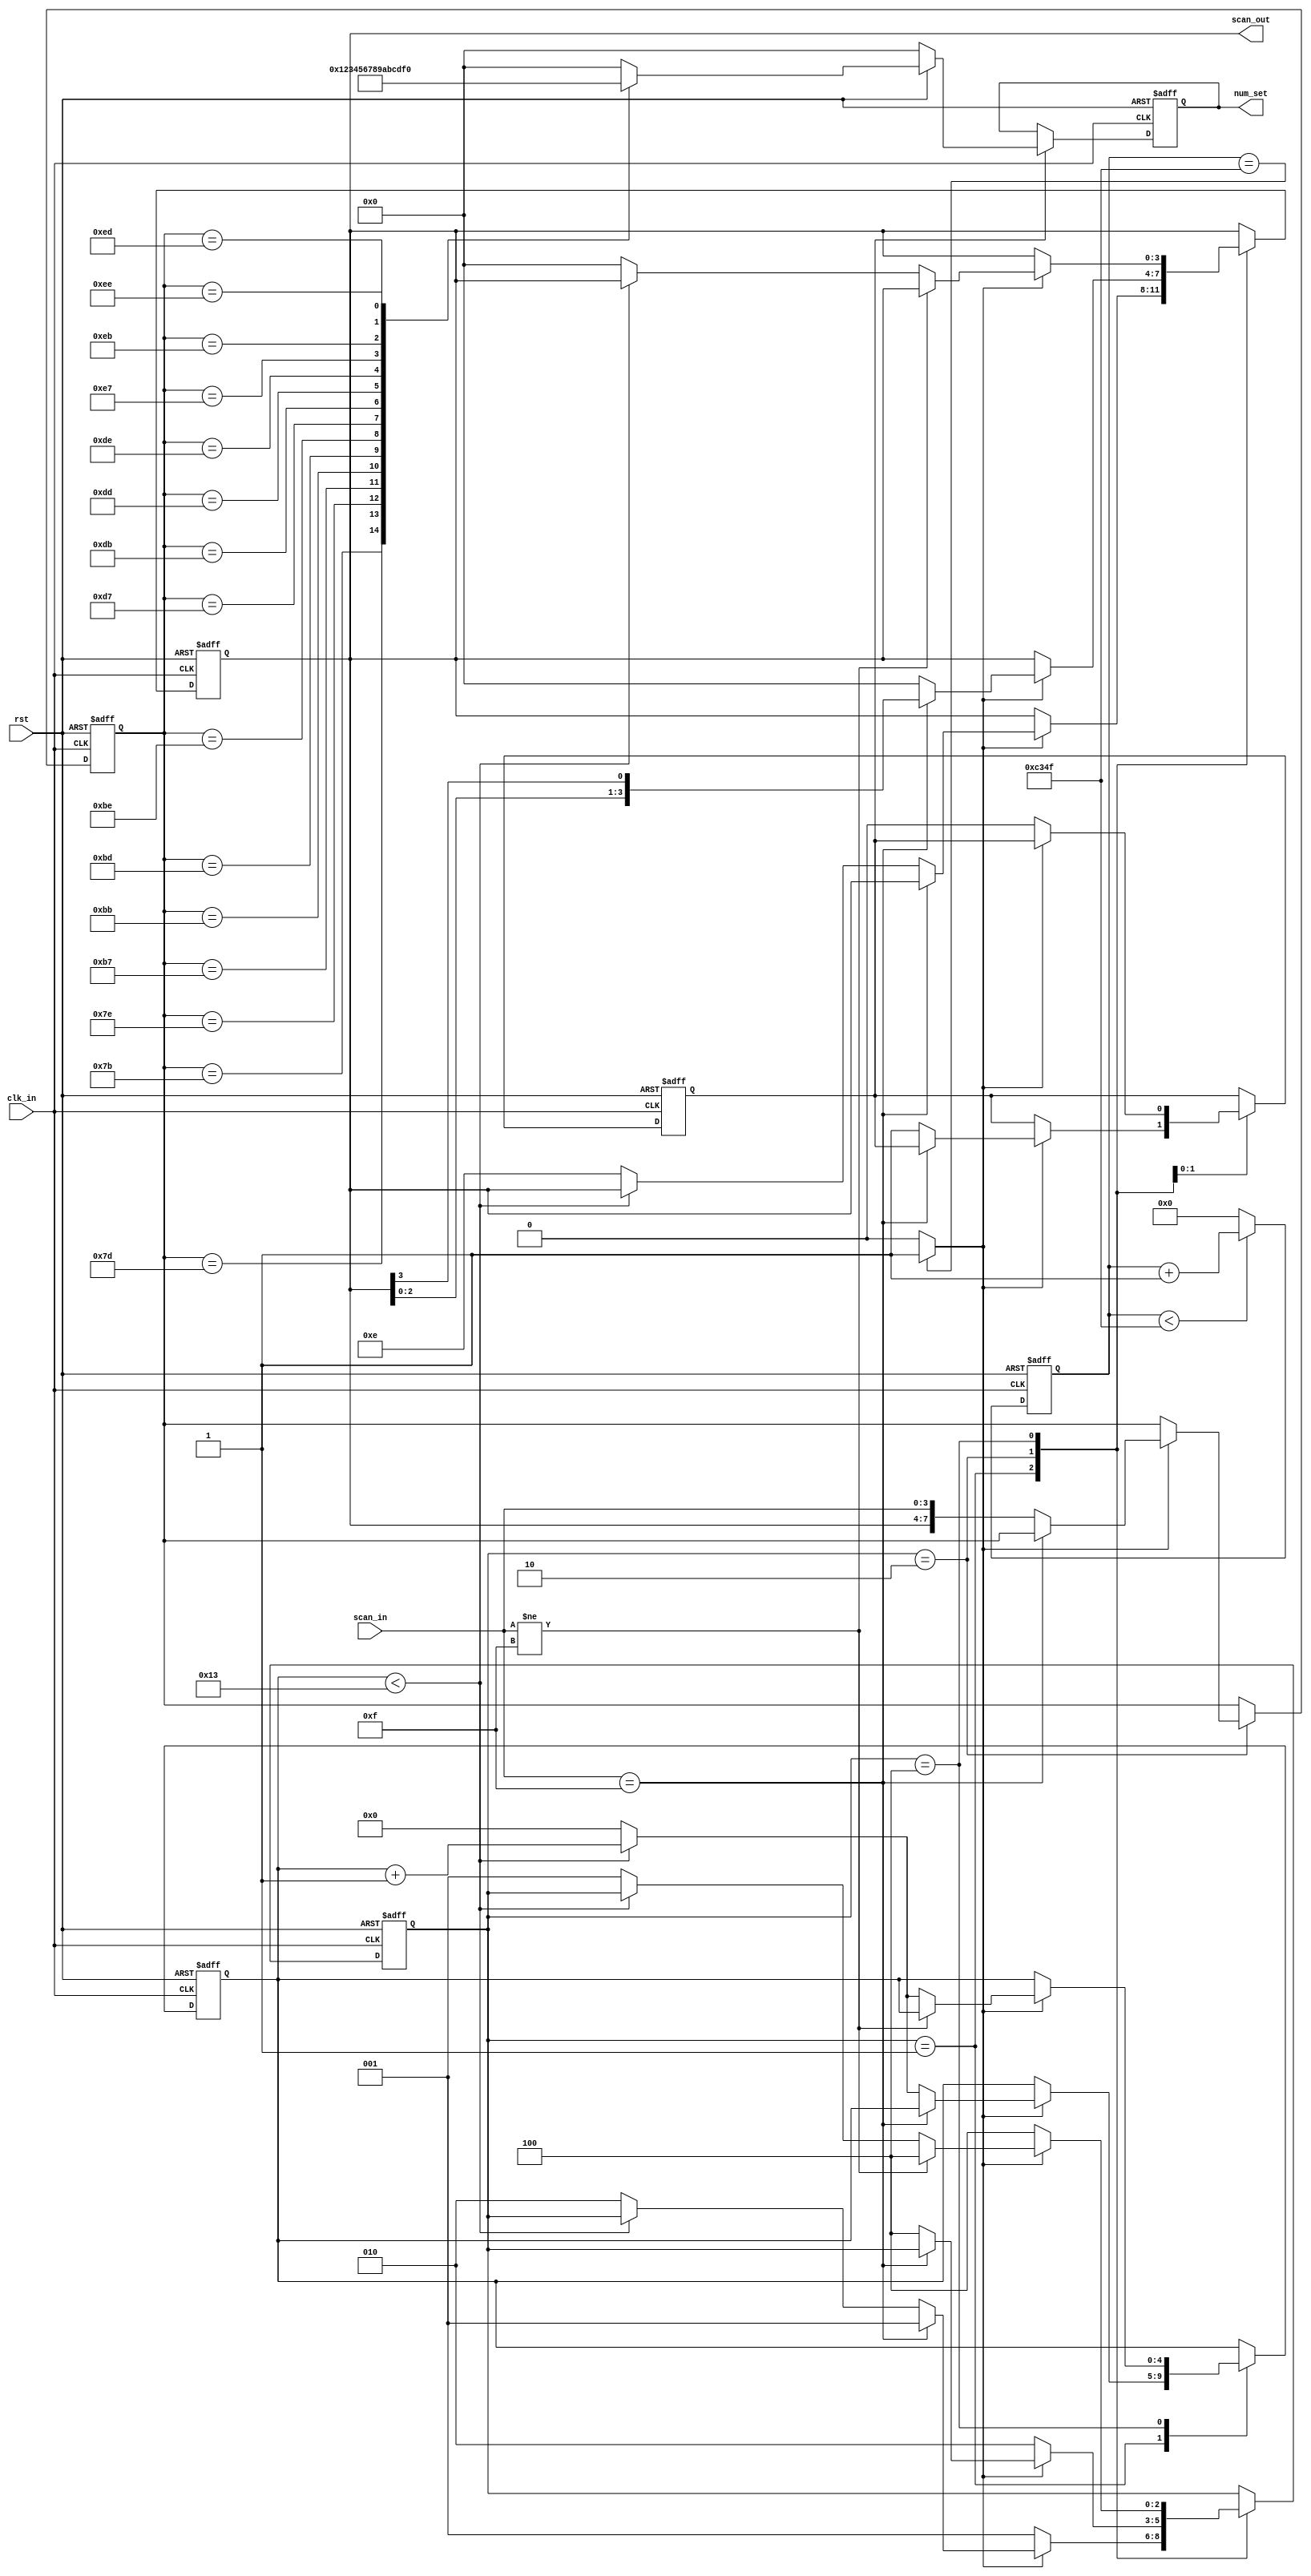
/*
FPGAoutputinput
S01
S1
S2S220msS0*/

module keyboard(
	input		wire					clk_in,
	input		wire					rst,	
	input		wire[3:0]			    scan_in,	
	output	    reg	[3:0]			    num_set=0,  //
	output	    reg	[3:0]			    scan_out=4'b0000
    );
    
parameter		  CNT1_MAX	=	50_000;
parameter        CNT2_MAX  =   20;    
localparam        S0    =    3'b001;
localparam        S1    =    3'b010;
localparam        S2    =    3'b100;    
reg [2:0]   state;              //
reg [3:0]   num_keyboard=0;     //
reg         flag=0;             //
reg [15:0]  cnt1;               //0.5ms
reg [4:0]   cnt2;               //0.2us
reg [7:0]   scan_out_scan_in=0; //
wire        flag_0_5ms;         //0.5ms
    
always @ (posedge clk_in or negedge rst)    begin
    if (!rst)
        cnt1 <= 0;
    else
        if (cnt1 < CNT1_MAX - 1)
            cnt1 <= cnt1 + 1'b1;    //0.5ms
        else
            cnt1 <= 0;
end
assign flag_0_5ms = (cnt1 == CNT1_MAX - 1) ? 1'b1 : 1'b0;
    
always @ (posedge clk_in or negedge rst)
    begin
        if (!rst)
            begin
                cnt2 <= 0;
                scan_out <= 4'b0000;     //
                scan_out_scan_in <= 8'b0000_1111;        //
                flag <= 0;
                state <= S0;
            end
        else
            case (state)  
            //S00.5ms0.2usS1          
                S0            : if (flag_0_5ms == 0)  
                                    state <= S0;
                                else begin
                                    if (scan_in == 4'b1111) //1
                                        state <= S0;
                                    else begin         //1 0.2us
                                        if (cnt2 < CNT2_MAX - 1)
                                            cnt2 <= cnt2 + 1'b1;
                                        else
                                            begin
                                                cnt2 <= 0;
                                                scan_out <= 4'b1110;
                                                state <= S1;
                                            end
                                    end
                                end
                                        
                S1            :    if (flag_0_5ms == 0)       //S2
                                    state <= S1;
                                else
                                    if (scan_in == 4'b1111)
                                        scan_out <= {scan_out[2:0],scan_out[3]};  //
                                    else
                                        begin
                                            scan_out_scan_in <= {scan_out,scan_in};
                                            scan_out <= 4'b0000;     //flag1S2
                                            flag <= 1;
                                            state <= S2;
                                        end
                                        
                S2            :    if (flag_0_5ms == 0)  //S20.2usS0
                                    begin
                                        flag <= 0;
                                        state <= S2;
                                    end
                                else
                                    if (scan_in != 4'b1111)
                                        state <= S2;
                                    else
                                        if (cnt2 < CNT2_MAX - 1)
                                            cnt2 <= cnt2 + 1'b1;
                                        else
                                            begin
                                                cnt2 <= 0;
                                                scan_out <= 4'b0000;
                                                state <= S0;
                                            end
            endcase
    end
    
always @ (*)    begin
    if (!rst)
        num_keyboard <= 4'h0;
    else
        case (scan_out_scan_in)
        8'b0111_0111:num_keyboard<=4'd0;
        8'b0111_1011:num_keyboard<=4'd1;
        8'b0111_1101:num_keyboard<=4'd2;
        8'b0111_1110:num_keyboard<=4'd3;
        8'b1011_0111:num_keyboard<=4'd4;
        8'b1011_1011:num_keyboard<=4'd5;
        8'b1011_1101:num_keyboard<=4'd6;
        8'b1011_1110:num_keyboard<=4'd7;
        8'b1101_0111:num_keyboard<=4'd8;
        8'b1101_1011:num_keyboard<=4'd9;
        8'b1101_1101:num_keyboard<=4'd10;
        8'b1101_1110:num_keyboard<=4'd11;
        8'b1110_0111:num_keyboard<=4'd12;
        8'b1110_1011:num_keyboard<=4'd13;
        8'b1110_1101:num_keyboard<=4'd14;
        8'b1110_1110:num_keyboard<=4'd15;
        default:num_keyboard<=0;
        endcase
end
always@(posedge clk_in or negedge rst)  begin
    if(!rst)    begin
        num_set<=0;
    end
    else        begin
        if(flag)    begin   //
            num_set<=num_keyboard;
        end
        else        begin
            num_set<=num_set;
        end
    end
end
endmodule